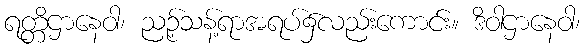
ရတ္တိဌာနေဝါ၊ ညဉ့်သန့်ရာအရပ်၌လည်းကောင်း။ ဒိဝါဌာနေဝါ၊